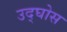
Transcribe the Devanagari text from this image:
उद्घोस